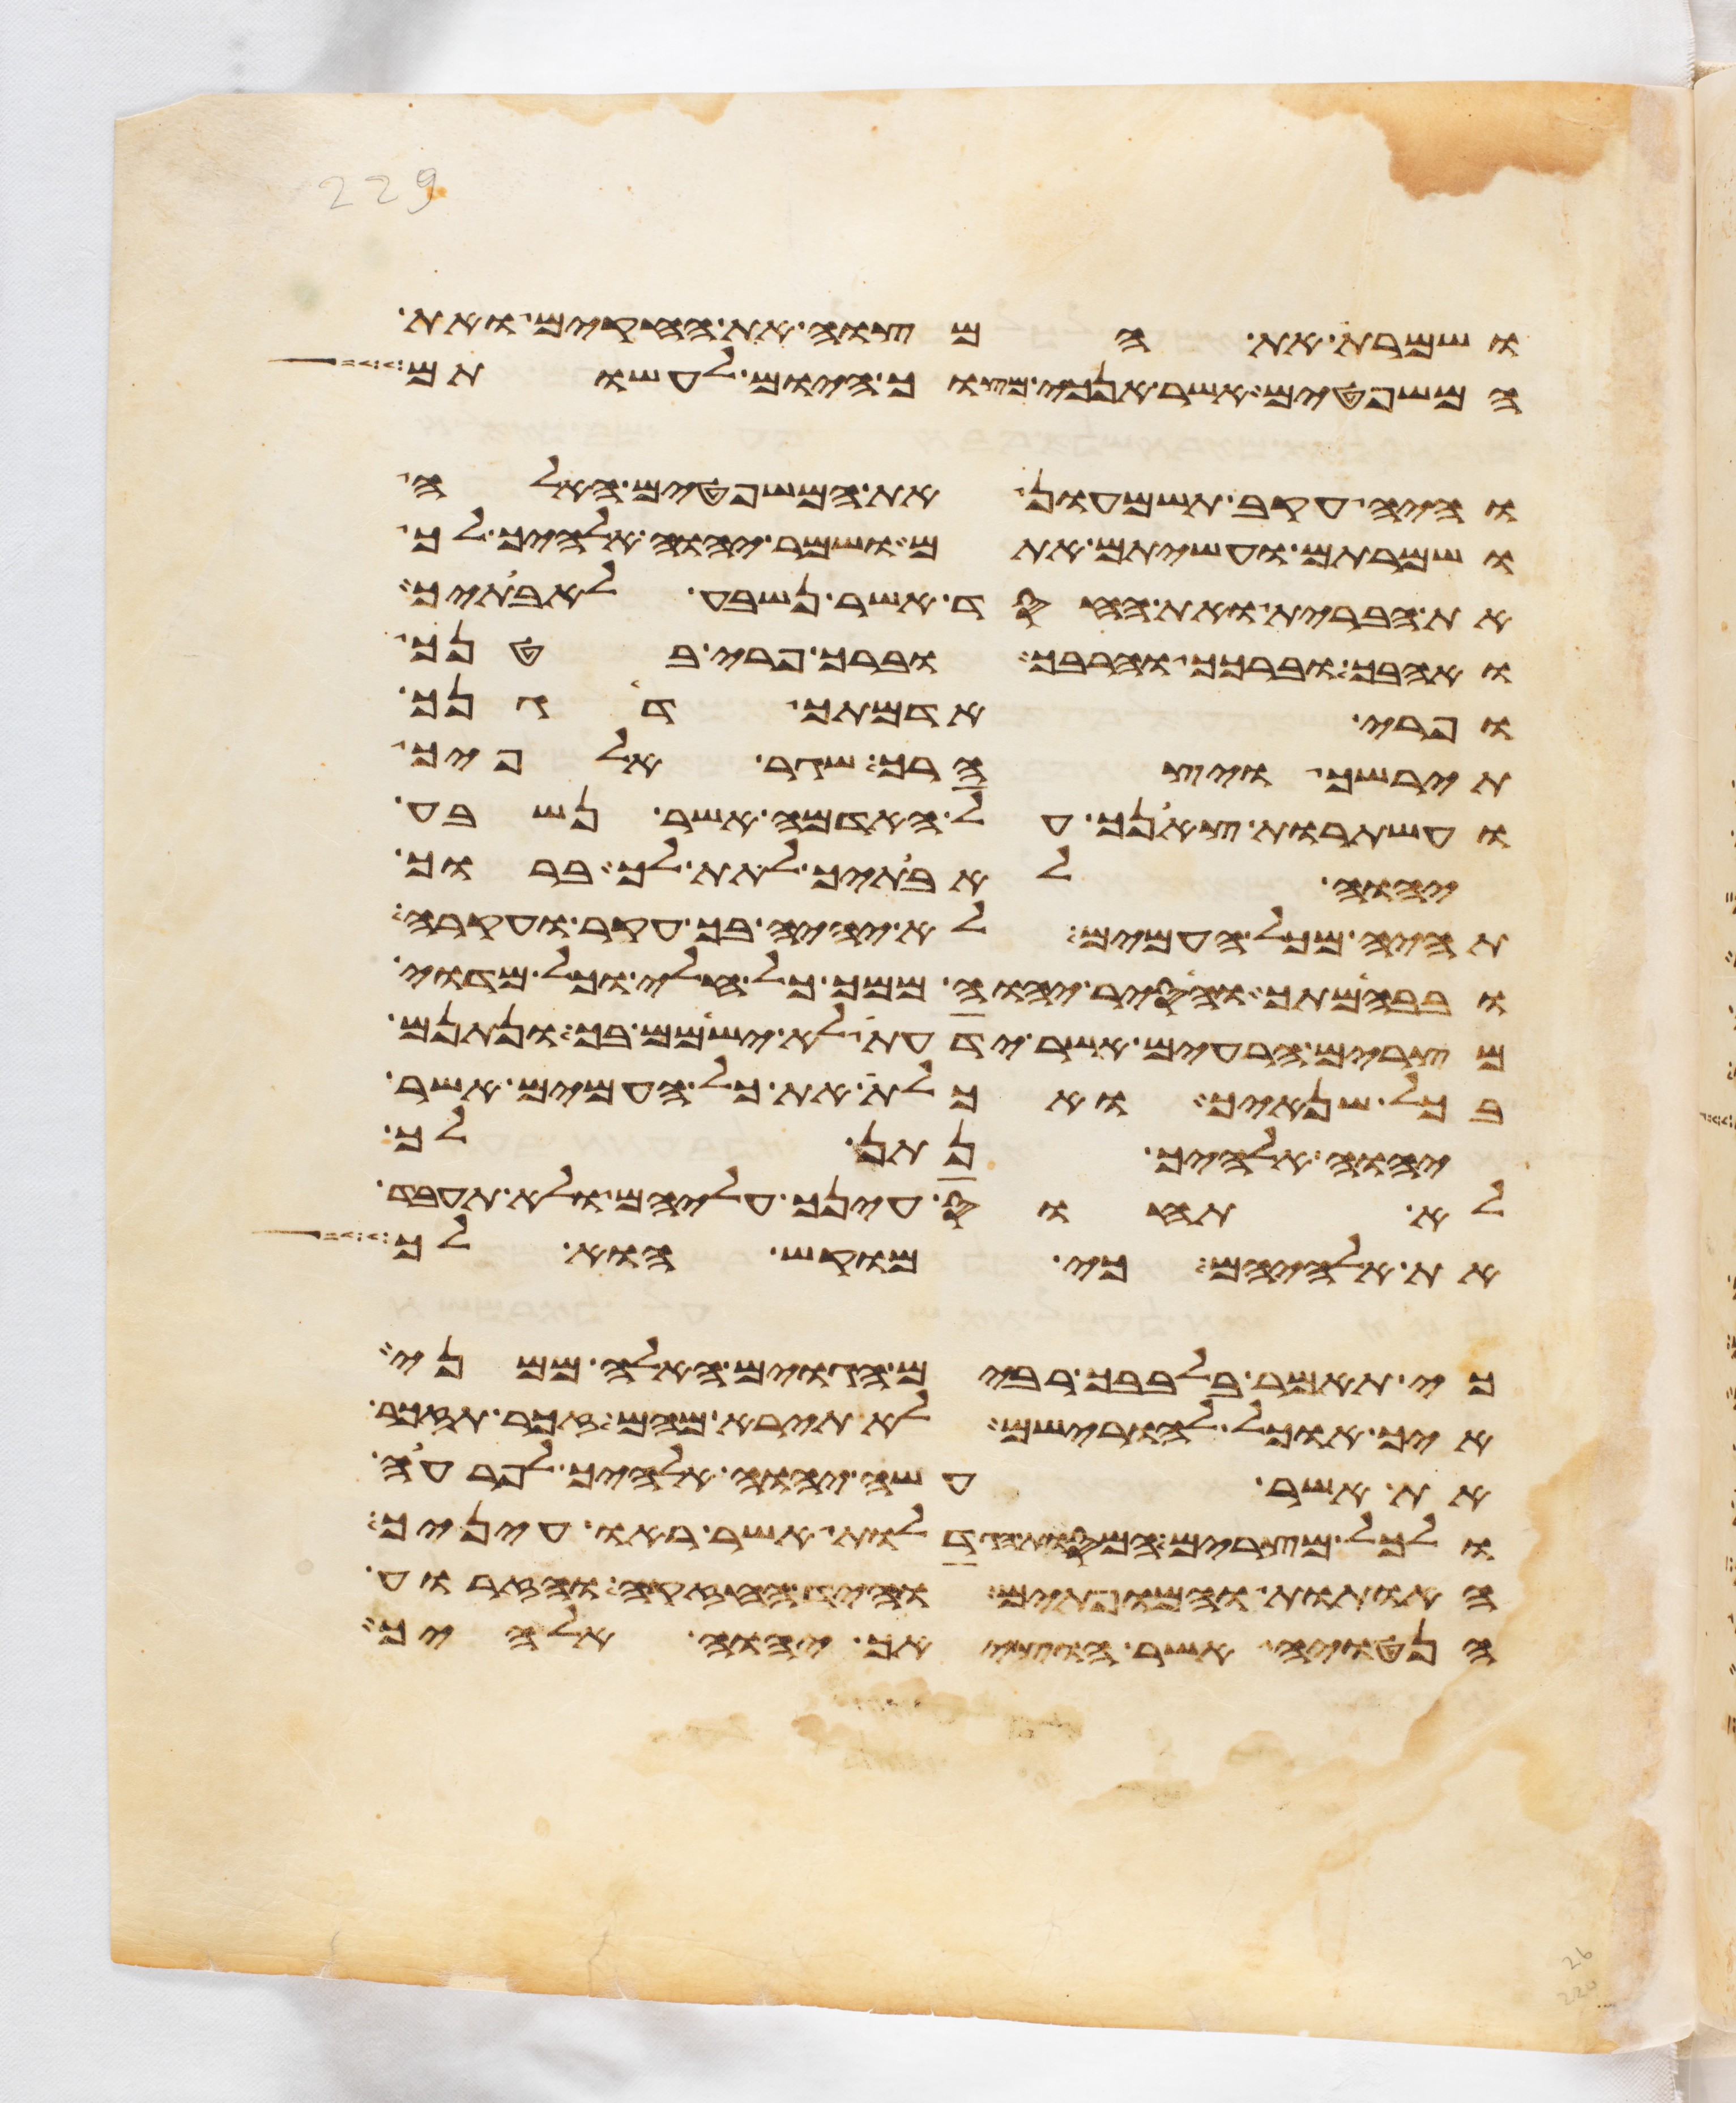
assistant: ושמרת את המצוה את החקים ואת
המשפטים אשר אנכי מצוך היום לעשותם
והיה עקב תשמעון את המשפטים האלה
ושמרתם ועשיתם אתם ושמר יהוה אלהיך לך
את הברית ואת החסד אשר נשבע לאבתיך
ואהבך וברכך והרבך וברך פרי בטנך
ופרי אדמתך דגנך
תירשך ויצהרך שגר אלפיך
ועשתרות צאנך על האדמה אשר נשבע
יהוה לאבתיך לתת לך ברוך
תהיה מכל העמים לא יהיה בך עקר ועקרה
ובבהמתך והסיר יהוה ממך כל חלי וכל מדוי
מצרים הרעים אשר ידעת לא ישימם בך ונתנם
בכל שנאיך ואכלת את כל העמים אשר
יהוה אלהיך נתן לך
לא תחוס עינך עליהם ולא תעבד
את אלהיהם כי מוקש הוא לך
כי תאמר בלבבך רבים הגוים האלה ממני
איך אוכל להורישם לא תירא מהם זכר תזכר
את אשר עשה יהוה אלהיך לפרעה
ולכל מצרים המסות הגדלות אשר ראו עיניך
האתות והמופתים והיד החזקה והזרוע
הנטויה אשר הוציאך יהוה אלהיך